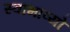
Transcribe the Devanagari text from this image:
स्वाभाव्यो